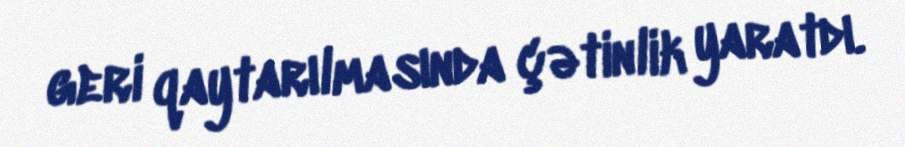
geri qaytarılmasında çətinlik yaratdı.